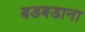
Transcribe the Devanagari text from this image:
बडबडाना